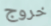
خروج